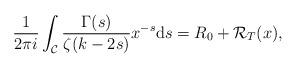
LaTeX: \begin{align*} \frac{1}{2\pi i}\int_{\mathcal{C}}\frac{ \Gamma(s) }{\zeta(k-2s) } x^{-s} {\rm d}s = R_{0} + \mathcal{R}_{T}(x),\end{align*}